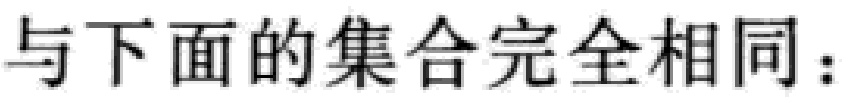
与下面的集合完全相同：